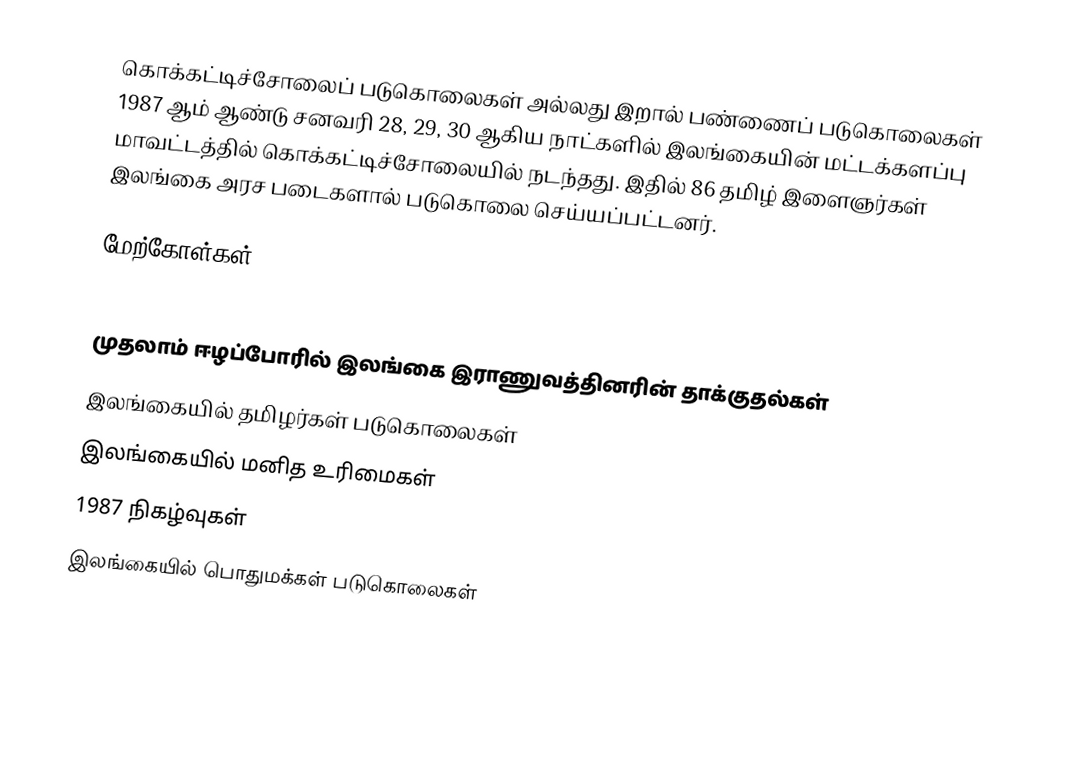
கொக்கட்டிச்சோலைப் படுகொலைகள் அல்லது இறால் பண்ணைப் படுகொலைகள் 1987 ஆம் ஆண்டு சனவரி 28, 29, 30 ஆகிய நாட்களில் இலங்கையின் மட்டக்களப்பு மாவட்டத்தில் கொக்கட்டிச்சோலையில் நடந்தது.  இதில் 86 தமிழ் இளைஞர்கள் இலங்கை அரச படைகளால் படுகொலை செய்யப்பட்டனர்.

மேற்கோள்கள்

முதலாம் ஈழப்போரில் இலங்கை இராணுவத்தினரின் தாக்குதல்கள்
இலங்கையில் தமிழர்கள் படுகொலைகள்
இலங்கையில் மனித உரிமைகள்
1987 நிகழ்வுகள்
இலங்கையில் பொதுமக்கள் படுகொலைகள்